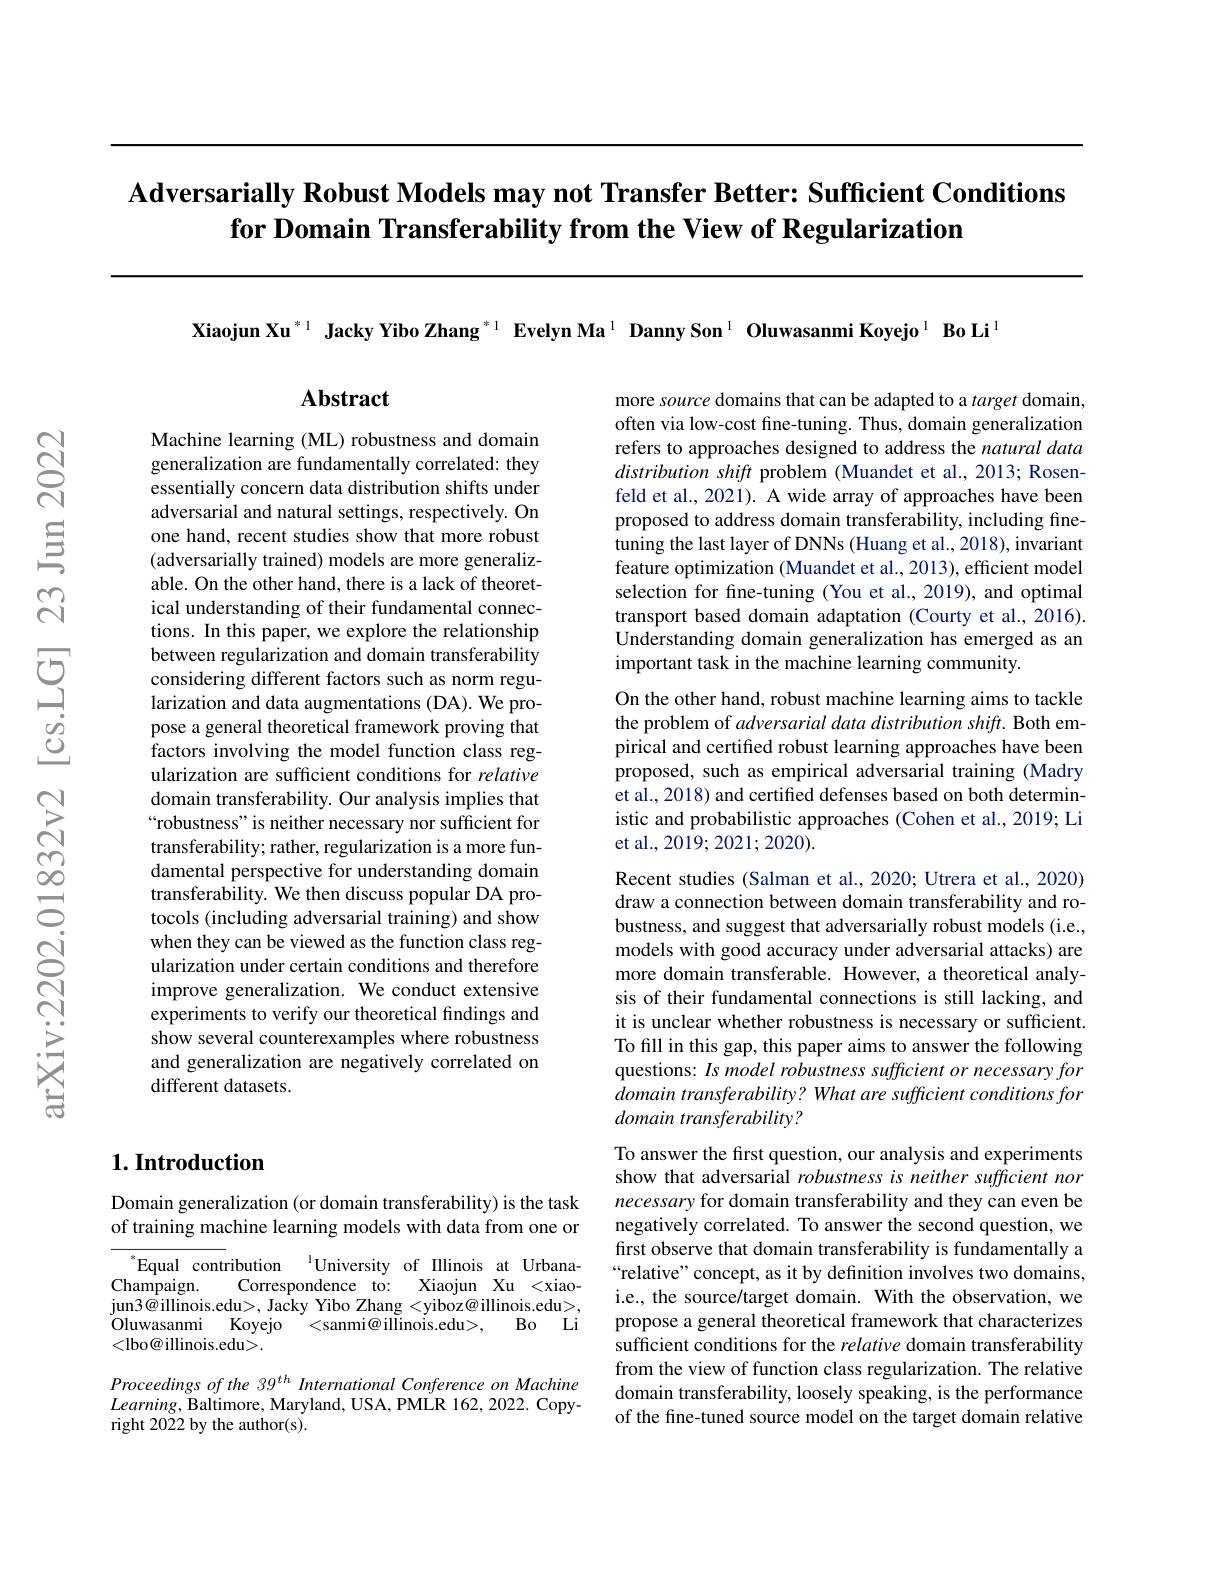
# Adversarially Robust Models may not Transfer Better: Sufficient Conditions $\textbf{for Domain Transferability from the View of Regularization}$

Xiaojun Xu$^{*1}$ Jacky Yibo Zhang$^{*1}$ Evelyn Ma$^{1}$ Danny Son$^{1}$ Oluwasanmi Koyejo$^{1}$ Bo Li$^{1}$

Abstract

Machine learning (ML) robustness and domain generalization are fundamentally correlated: they essentially concern data distribution shifts under adversarial and natural settings, respectively. On one hand, recent studies show that more robust (adversarially trained) models are more generalizable. On the other hand, there is a lack of theoretical understanding of their fundamental connections. In this paper, we explore the relationship between regularization and domain transferability considering different factors such as norm regularization and data augmentations (DA). We propose a general theoretical framework proving that factors involving the model function class regularization are sufficient conditions for relative domain transferability. Our analysis implies that “robustness" is neither necessary nor sufficient for transferability; rather, regularization is a more fundamental perspective for understanding domain transferability. We then discuss popular DA protocols (including adversarial training) and show when they can be viewed as the function class regularization under certain conditions and therefore improve generalization. We conduct extensive experiments to verify our theoretical findings and show several counterexamples where robustness and generalization are negatively correlated on different datasets.

# 1. Introduction

## Domain generalization (or domain transferability) is the task of training machine learning models with data from one or

Equal contribution $^{\mathrm{l}}$University of Illinois at Urbana-
Xiaojun Xu <xiao-
Champaign.
Correspondence to:
jun3@illinois.edu>, Jacky Yibo Zhang <yiboz@illinois.edu>,
$B_{0}$Li
Oluwasanmi
<sanmi@ illinois.edu>,
Koyejo
<lbo@ illinois.edu>.

Proceedings of the 39$^{th}$ International Conference on Machine $Learning$,Baltimore, Maryland, USA, PMLR 162, 2022. Copyright 2022 by the author(s).

more source domains that can be adapted to a target domain, often via low-cost fine-tuning. Thus, domain generalization refers to approaches designed to address the natural data distribution shift problem (Muandet et al., 2013; Rosenfeld et al., 2021). A wide array of approaches have been proposed to address domain transferability, including finetuning the last layer of DNNs (Huang et al., 2018), invariant feature optimization (Muandet et al., 2013), efficient model selection for fine-tuning (You et al., 2019), and optimal transport based domain adaptation (Courty et al., 2016). $\hat{\text{Understanding domain generalization has emerged as an}}$ important task in the machine learning community.

On the other hand, robust machine learning aims to tackle the problem of adversarial data distribution shift. Both empirical and certifed robust learning approaches have been proposed, such as empirical adversarial training (Madry et al., 2018) and certified defenses based on both deterministic and probabilistic approaches (Cohen et al., 2019; Li et al., 2019; 2021; 2020).

Recent studies (Salman et al., 2020; Utrera et al., 2020) draw a connection between domain transferability and robustness, and suggest that adversarially robust models (i.e., models with good accuracy under adversarial attacks) are more domain transferable. However, a theoretical analysis of their fundamental connections is still lacking, and it is unclear whether robustness is necessary or sufficient. To fill in this gap, this paper aims to answer the following questions: Is model robustness sufficient or necessary for domain transferability? What are sufficient conditions for domain transferability?

To answer the first question, our analysis and experiments show that adversarial robustnessis neither sufficient nor necessary for domain transferability and they can even be negatively correlated. To answer the second question, we first observe that domain transferability is fundamentally a “relative”concept, as it by definition involves two domains, i.e., the source/target domain. With the observation, we propose a general theoretical framework that characterizes sufficient conditions for the relative domain transferability from the view of function class regularization. The relative domain transferability, loosely speaking, is the performance of the fine-tuned source model on the target domain relative